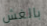
بالغش